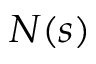
N ( s )